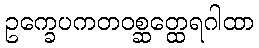
ဥက္ခေပကတဝစ္ဆတ္ထေရဂါထာ